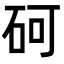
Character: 砢